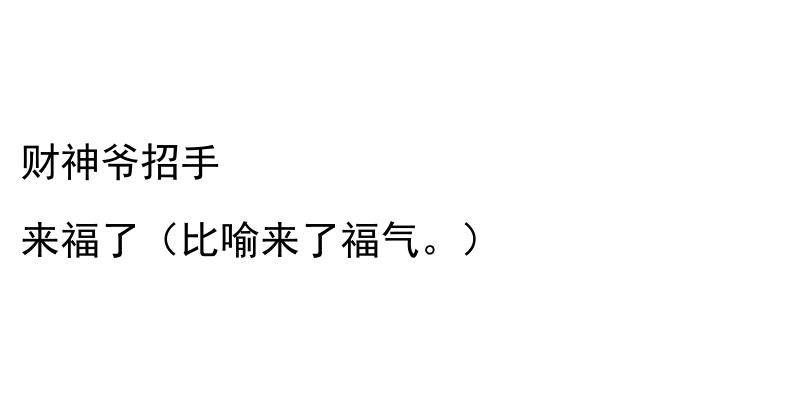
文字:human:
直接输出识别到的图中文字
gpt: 财神爷招手 来福了（比喻来了福气。）